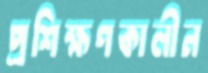
প্রশিক্ষণকালীন